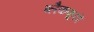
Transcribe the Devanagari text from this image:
ब्लैकफूटों